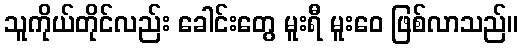
သူကိုယ်တိုင်လည်း ခေါင်းတွေ မူးရီ မူးဝေ ဖြစ်လာသည်။